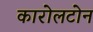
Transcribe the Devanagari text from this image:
कारोलटोन